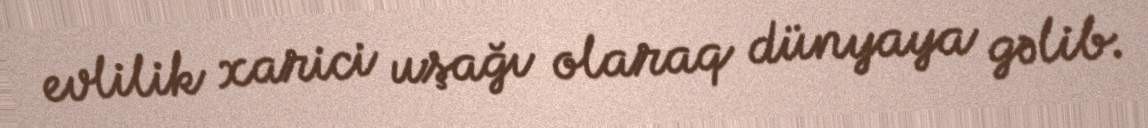
evlilik xarici uşağı olaraq dünyaya gəlib.